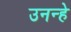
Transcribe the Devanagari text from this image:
उनन्हे